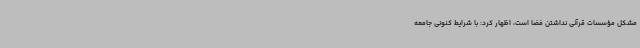
مشکل مؤسسات قرآنی نداشتن فضا است، اظهار کرد: با شرایط کنونی جامعه